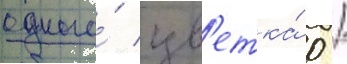
одного́ цв'етка́ 0 /